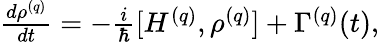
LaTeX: \begin{array}{r}{\frac{d\rho^{(q)}}{dt}=-\frac{i}{\hbar}[H^{(q)},\rho^{(q)}]+\Gamma^{(q)}(t),}\end{array}